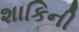
શાકિની